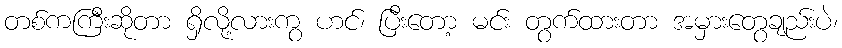
တစ်ကကြီးဆိုတာ ရှိလို့လားကွ ဟင်၊ ပြီးတော့ မင်း တွက်ထားတာ အမှားတွေချည်းပဲ၊